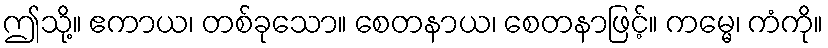
ဤသို့။ ဧကာယ၊ တစ်ခုသော။ စေတနာယ၊ စေတနာဖြင့်။ ကမ္မေ၊ ကံကို။